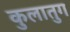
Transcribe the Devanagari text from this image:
कुलातुग